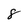
Character: 8